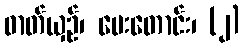
ဓာတ်ယှဉ်၊ ပေးတောင်း၊ (၂)